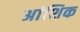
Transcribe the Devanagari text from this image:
अांशिक